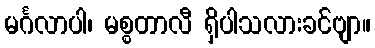
မင်္ဂလာပါ၊ မစ္စတာလီ ရှိပါသလားခင်ဗျာ။